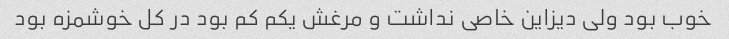
خوب بود ولی دیزاین خاصی نداشت و مرغش یکم کم بود در کل خوشمزه بود